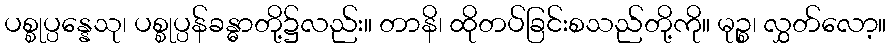
ပစ္စုပ္ပန္နေသု၊ ပစ္စုပ္ပန်ခန္ဓာတို့၌လည်း။ တာနိ၊ ထိုတပ်ခြင်းစသည်တို့ကို။ မုဉ္စ၊ လွှတ်လော့။